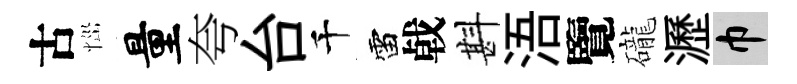
古𢙉量夸台千雷㦸斟浯覽礲瀝巾